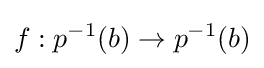
f:p^{-1}(b)\to p^{-1}(b)